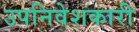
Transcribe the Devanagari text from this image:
उपनिवेशकारी